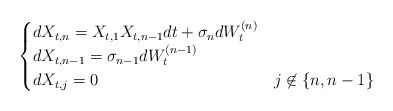
\begin{align*}\begin{cases}dX_{t,n} = X_{t,1}X_{t,n-1}dt + \sigma_{n}dW_t^{(n)} \\ dX_{t,n-1} = \sigma_{n-1}dW_t^{(n-1)} \\ dX_{t,j} = 0 & j \not \in \{n,n-1\}\end{cases}\end{align*}